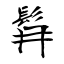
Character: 髥